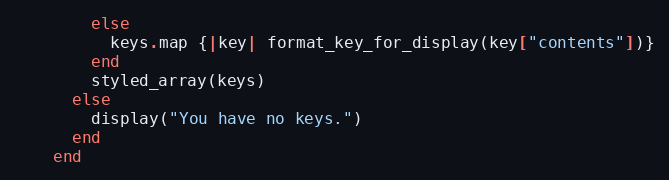
Language: Ruby
        else
          keys.map {|key| format_key_for_display(key["contents"])}
        end
        styled_array(keys)
      else
        display("You have no keys.")
      end
    end